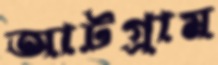
আটগ্রাম